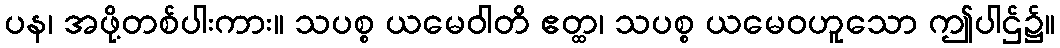
ပန၊ အဖို့တစ်ပါးကား။ သပစ္စ ယမေဝါတိ ဧတ္ထ၊ သပစ္စ ယမေဝဟူသော ဤပါဌ်၌။